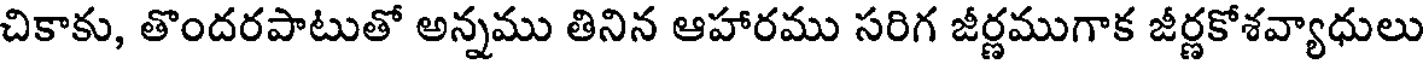
చికాకు, తొందరపాటుతో అన్నము తినిన ఆహారము సరిగ జీర్ణముగాక జీర్ణకోశవ్యాధులు